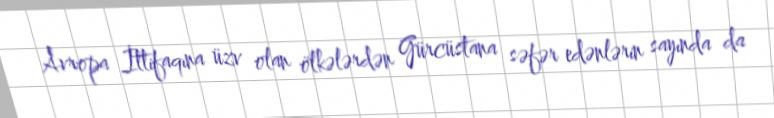
Avropa İttifaqına üzv olan ölkələrdən Gürcüstana səfər edənlərin sayında da